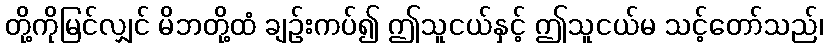
တို့ကိုမြင်လျှင် မိဘတို့ထံ ချဉ်းကပ်၍ ဤသူငယ်နှင့် ဤသူငယ်မ သင့်တော်သည်၊